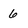
Character: 6